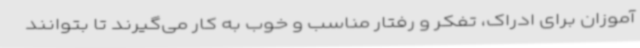
آموزان برای ادراک، تفکر و رفتار مناسب و خوب به کار می‌گیرند تا بتوانند